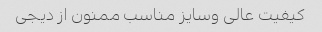
کیفیت عالی وسایز مناسب ممنون از دیجی